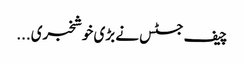
چیف جسٹس نے بڑی خوشخبری...